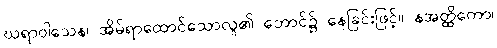
ဃရာဝါသေန၊ အိမ်ရာထောင်သောလူ၏ ဘောင်၌ နေခြင်းဖြင့်။ နအတ္ထိကော၊